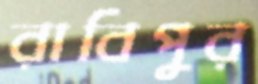
রাবিপুর